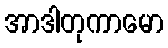
အာဒါတုကာမော